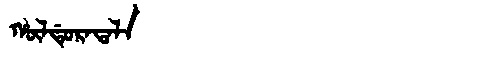
Manchu: ᡥᡡᠯᡩᡠᡵᠠᡨᠠᠯᠠ
Romanization: HŪLDURATALA